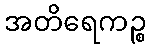
အတိရေကဉ္စ